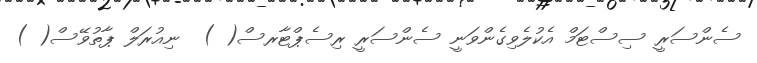
ސެންސަރީ ސިސްޓަމް އެކުލެވިގެންވަނީ ސެންސަރީ ރިސެޕްޓާރސް( )  ނިއުރަލް ޕާތުވޭސް( )